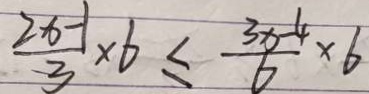
\frac { 2 x - 1 } { 3 } \times 6 \leq \frac { 3 x - 4 } { 6 } \times 6